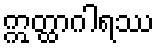
ဣတ္ထာဂါရဿ